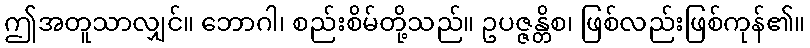
ဤအတူသာလျှင်။ ဘောဂါ၊ စည်းစိမ်တို့သည်။ ဥပဇ္ဇန္တိစ၊ ဖြစ်လည်းဖြစ်ကုန်၏။